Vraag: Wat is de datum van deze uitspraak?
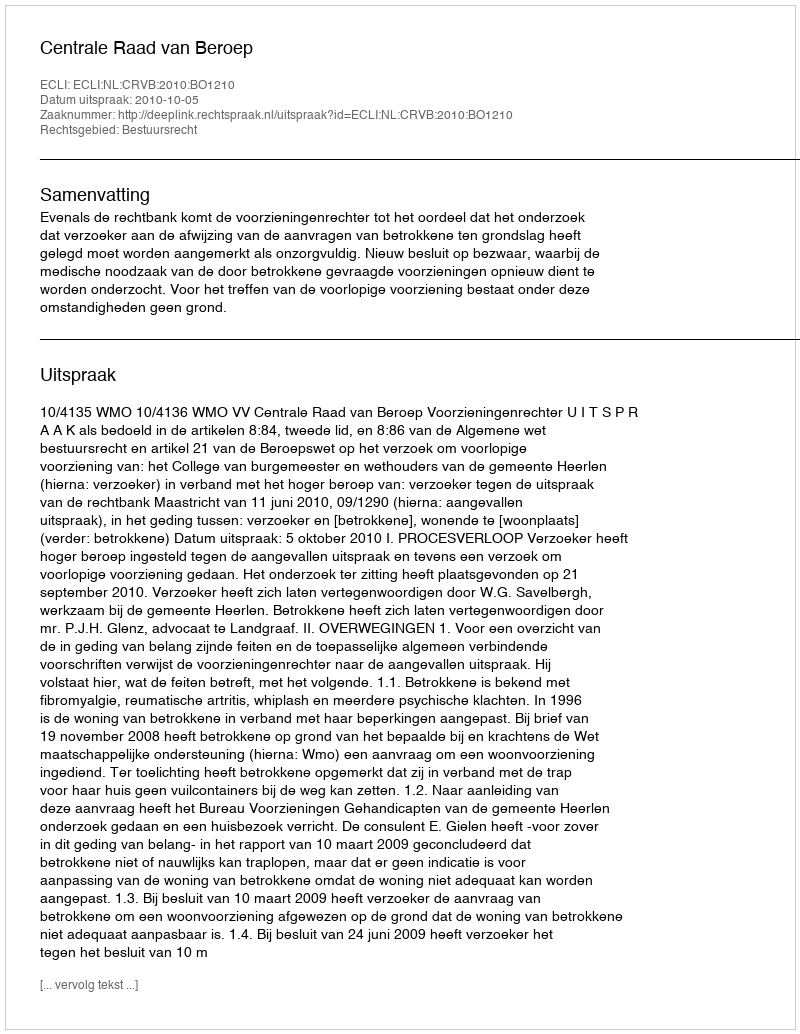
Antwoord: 2010-10-05